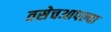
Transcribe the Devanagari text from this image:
तसेचआपल्या